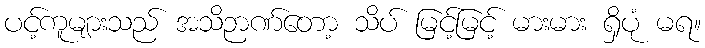
ပင့်ကူများသည် အသိဉာဏ်တော့ သိပ် မြင့်မြင့် မားမား ရှိပုံ မရ။